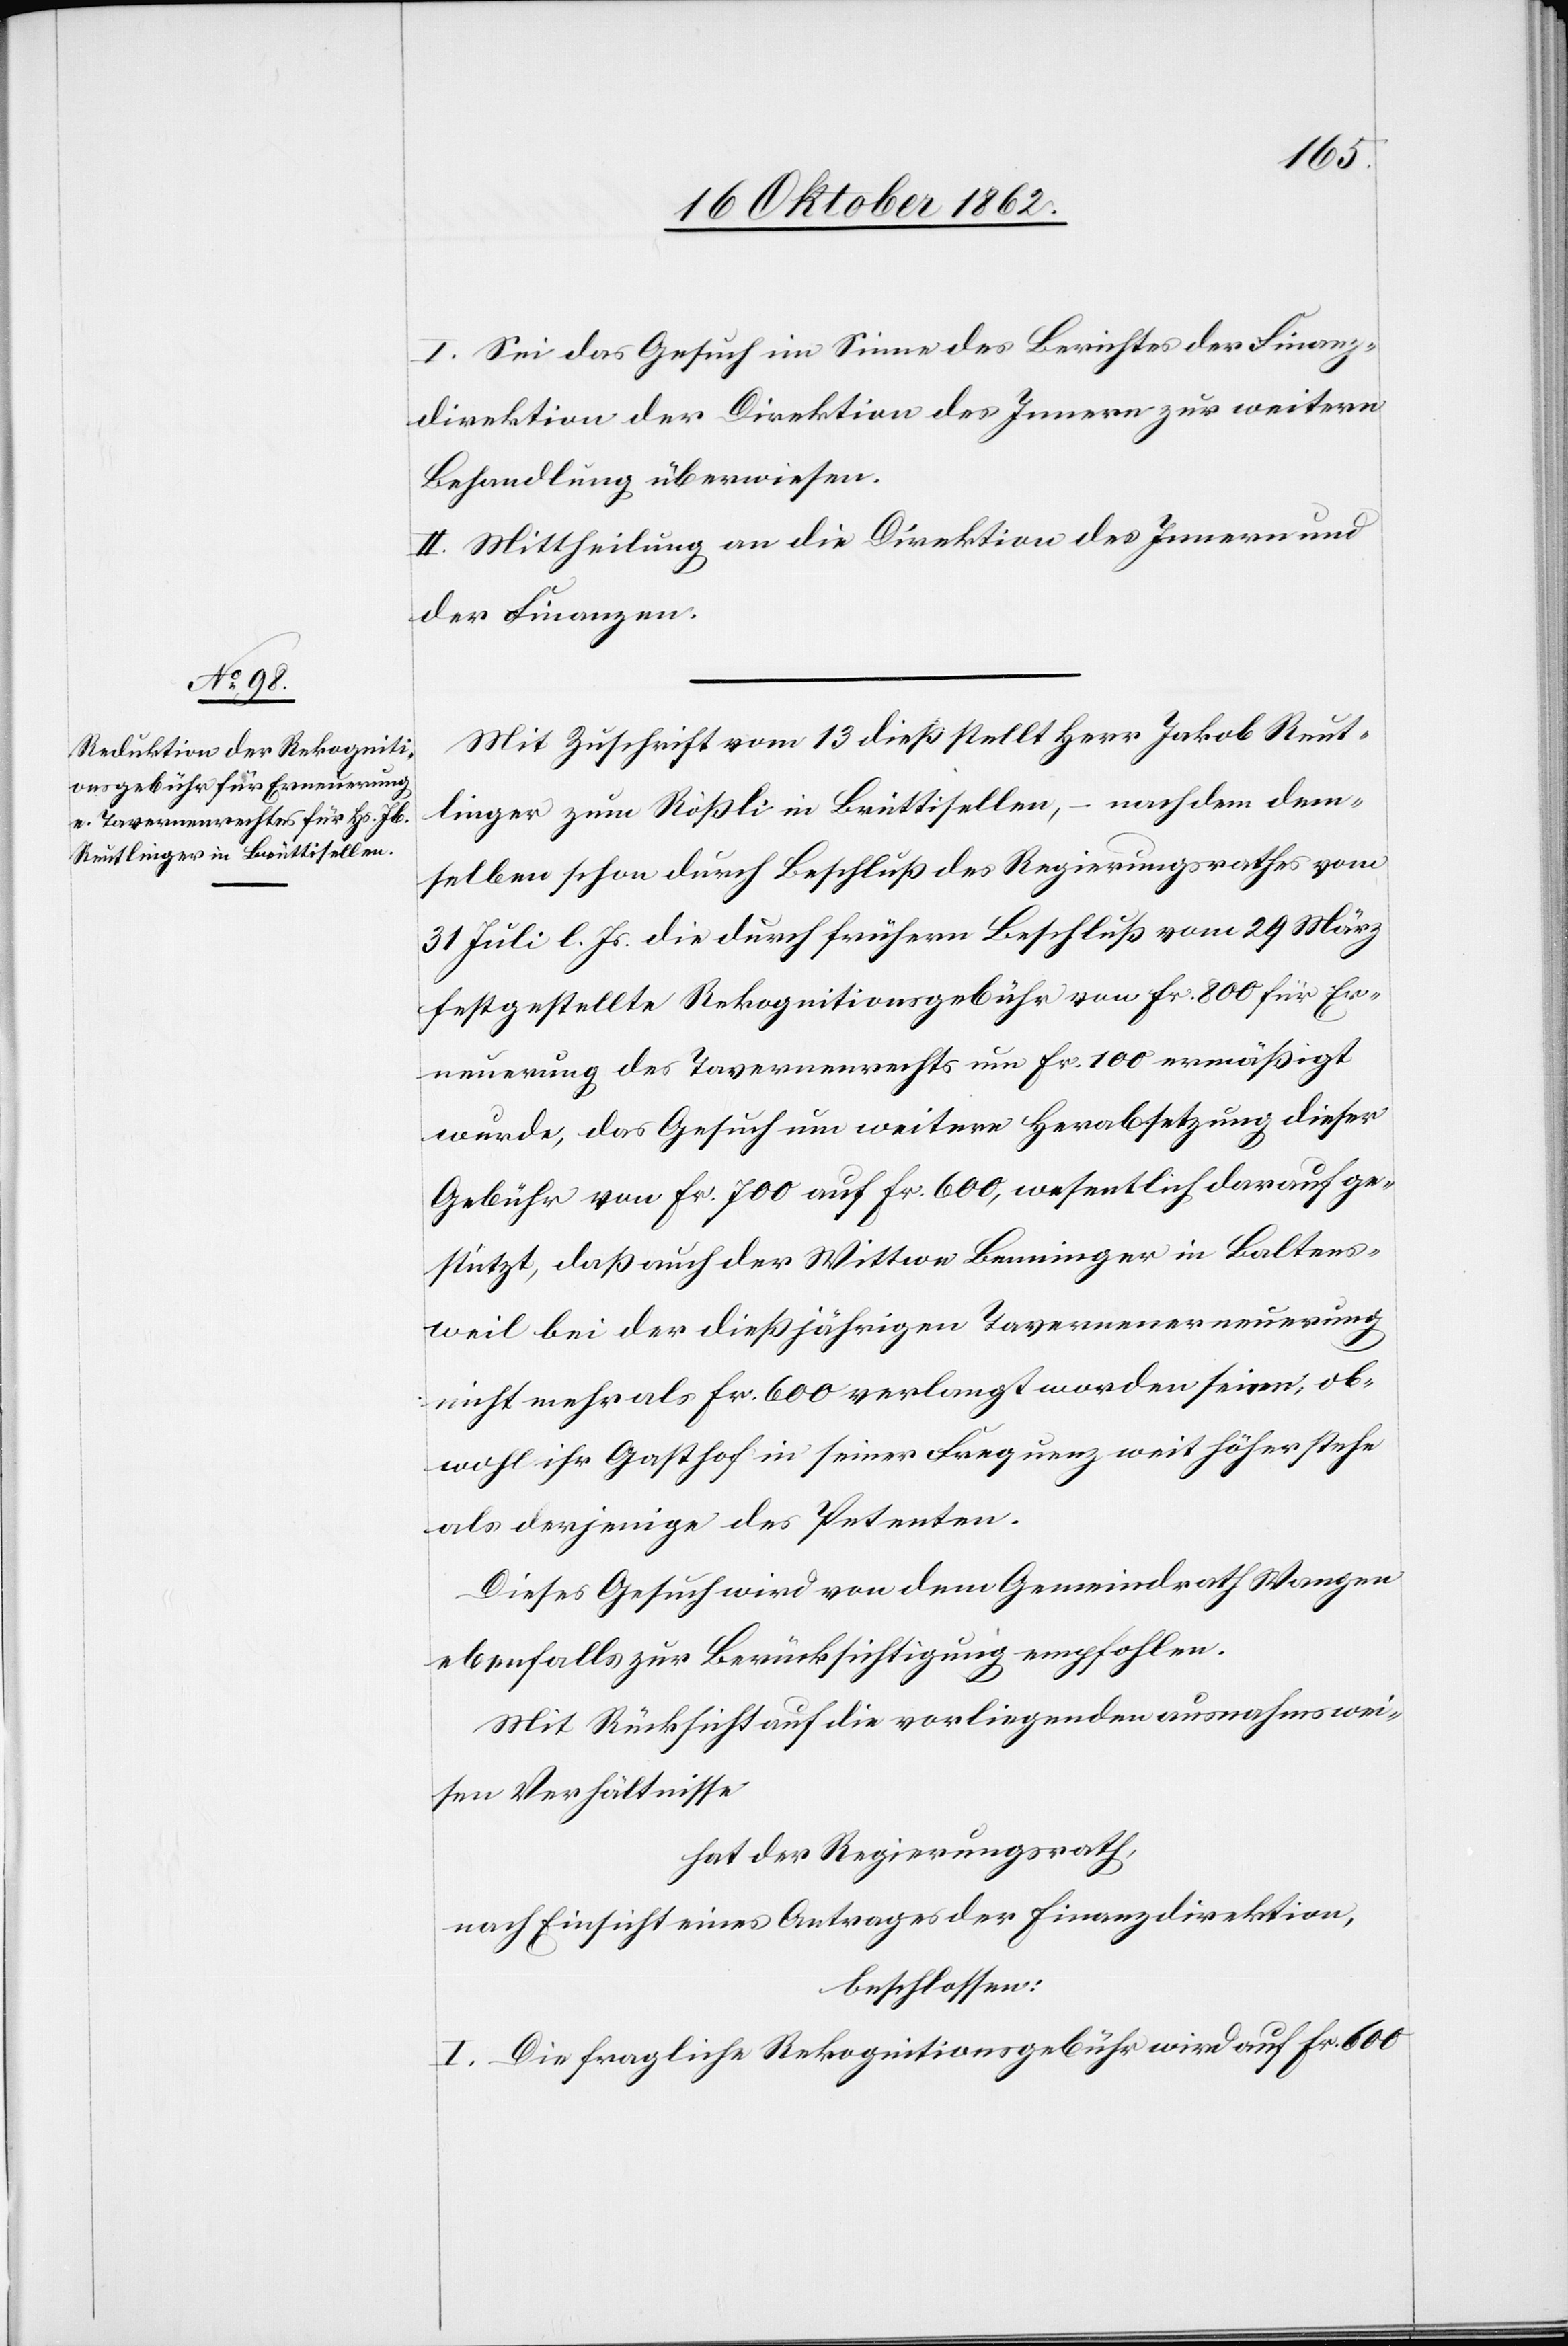
I. Sei das Gesuch im Sinne des Berichtes der Finanz¬
direktion der Direktion des Innern zur weitern
Behandlung überwiesen.
II. Mittheilung an die Direktion des Innern und
der Finanzen.
Mit Zuschrift vom 13. dieß stellt Herr Jakob Reut¬
linger zum Rößli in Brüttisellen, – nachdem dem¬
selben schon durch Beschluß des Regierungsrathes vom
31. Juli l. Js. die durch frühern Beschluß vom 29. März
festgestellte Rekognitionsgebühr von Fr. 800 für Er¬
neuerung des Tavernenrechts um Fr. 100 ermäßigt
wurde, das Gesuch um weitere Herabsetzung dieser
Gebühr von Fr. 700 auf Fr. 600, wesentlich darauf ge¬
stützt, daß auch der Wittwe Benninger in Baltens¬
weil bei der dießjährigen Tavernenneuerung
nicht mehr als Fr. 600 verlangt worden seien, ob¬
wohl ihr Gasthof in seiner Frequenz weit höher stehe
als derjenige des Petenten.
Dieses Gesuch wird von dem Gemeindrathe Wangen
ebenfalls zur Berücksichtigung empfohlen.
Mit Rücksicht auf die vorliegenden ausnahmswei¬
sen Verhältnisse
hat der Regierungsrath,
nach Einsicht eines Antrages der Finanzdirektion,
beschlossen:
I. Die fragliche Rekognitionsgebühr wird auf Fr. 600